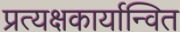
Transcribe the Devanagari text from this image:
प्रत्यक्षकार्यान्वित